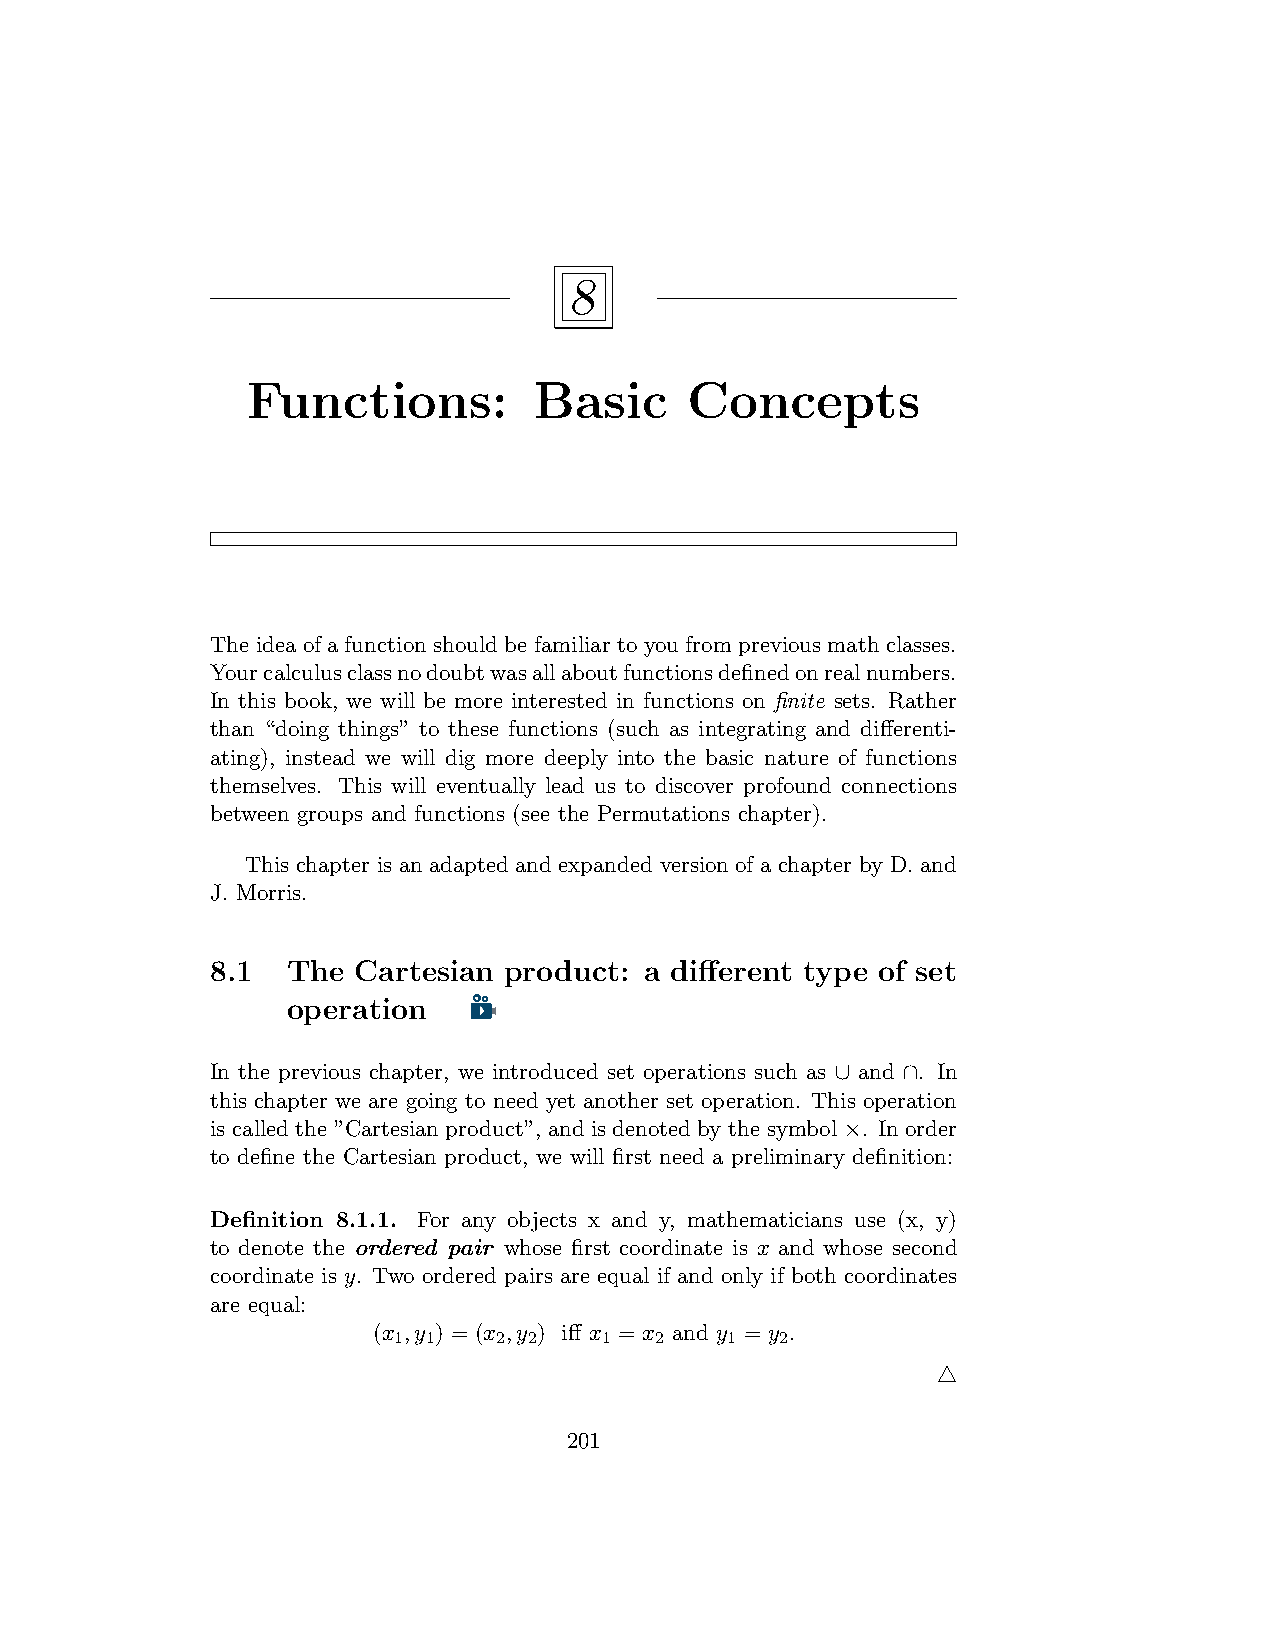
8
 Functions:         Basic      Concepts
 The idea of a function should be familiar to you from previous math classes.
 Yourcalculusclassnodoubtwasallaboutfunctionsdefinedonrealnumbers.
 In this book, we will be more interested in functions on finite sets. Rather
 than “doing things” to these functions (such as integrating and differenti-
 ating), instead we will dig more deeply into the basic nature of functions
 themselves. This will eventually lead us to discover profound connections
 between groups and functions (see the Permutations chapter).
 This chapter is an adapted and expanded version of a chapter by D. and
 J. Morris.
 8.1  The Cartesian product:  a different type of set
 operation
 In the previous chapter, we introduced set operations such as ∪ and ∩. In
 this chapter we are going to need yet another set operation. This operation
 is called the ”Cartesian product”, and is denoted by the symbol ×. In order
 to define the Cartesian product, we will first need a preliminary definition:
 Definition 8.1.1. For any objects x and y, mathematicians use (x, y)
 to denote the ordered pair whose first coordinate is x and whose second
 coordinate is y. Two ordered pairs are equal if and only if both coordinates
 are equal:
 (x ,y ) = (x ,y ) iff x = x and y = y .
 1 1    2 2    1  2    1   2
 △
 201